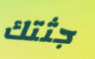
جثتك